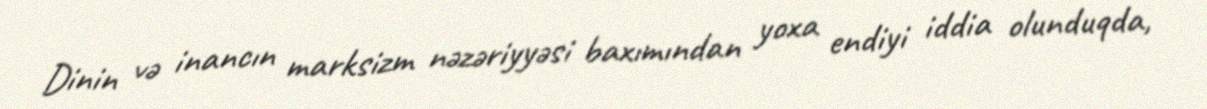
Dinin və inancın marksizm nəzəriyyəsi baxımından yoxa endiyi iddia olunduqda,